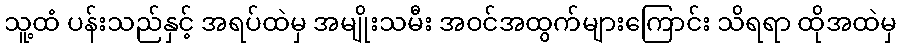
သူ့ထံ ပန်းသည်နှင့် အရပ်ထဲမှ အမျိုးသမီး အဝင်အထွက်များကြောင်း သိရရာ ထိုအထဲမှ